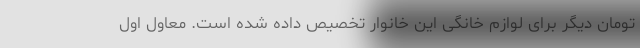
تومان دیگر برای لوازم خانگی این خانوار تخصیص داده شده است. معاول اول